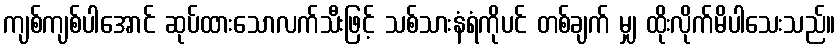
ကျစ်ကျစ်ပါအောင် ဆုပ်ထားသောလက်သီးဖြင့် သစ်သားနံရံကိုပင် တစ်ချက် မျှ ထိုးလိုက်မိပါသေးသည်။